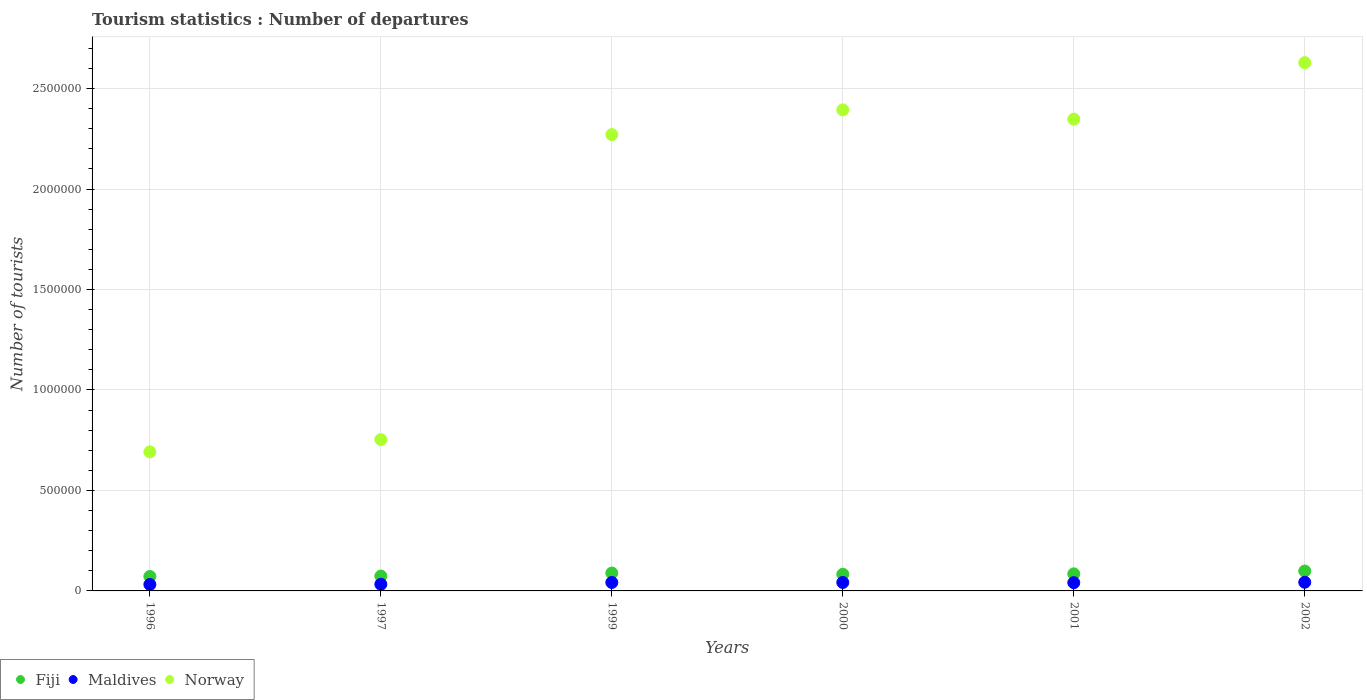
| Years | Fiji | Maldives | Norway |
 | --- | --- | --- | --- |
 | 1996 | 7.2e+04 | 3.2e+04 | 6.92e+05 |
 | 1997 | 7.4e+04 | 3.3e+04 | 7.53e+05 |
 | 1999 | 8.9e+04 | 4.2e+04 | 2.27e+06 |
 | 2000 | 8.3e+04 | 4.2e+04 | 2.39e+06 |
 | 2001 | 8.5e+04 | 4.1e+04 | 2.35e+06 |
 | 2002 | 9.9e+04 | 4.3e+04 | 2.63e+06 |